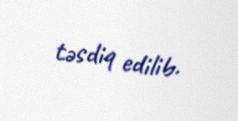
təsdiq edilib.